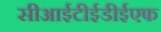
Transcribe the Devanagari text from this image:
सीआईटीईडीईएफ